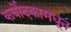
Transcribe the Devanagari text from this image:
कर्बोदकामधून